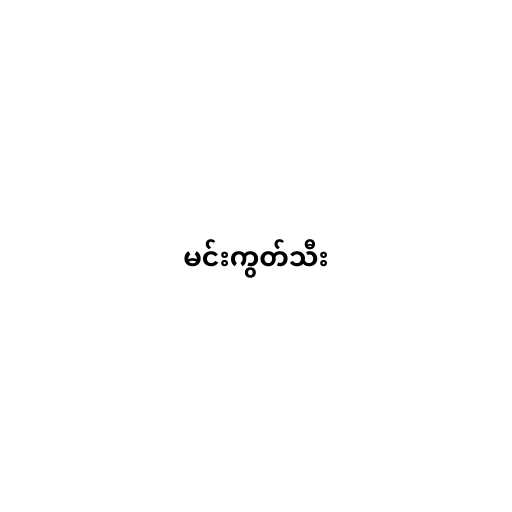
မင်းကွတ်သီး